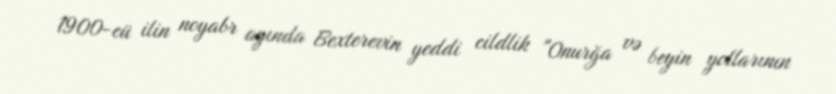
1900-cü ilin noyabr ayında Bexterevin yeddi cildlik "Onurğa və beyin yollarının